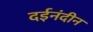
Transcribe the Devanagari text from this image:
दईनंदीन